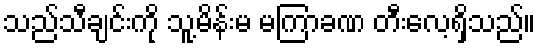
သည်သီချင်းကို သူ့မိန်းမ မကြာခဏ တီးလေ့ရှိသည်။